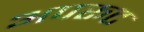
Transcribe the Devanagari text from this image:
अपरूट